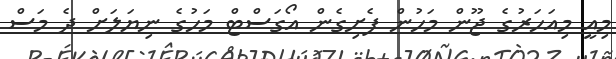
މިއީ މިއަހަރުގެ ޖޫން މަހުން ފެށިގެން އޯގަސްޓް މަހުގެ ނިޔަލަށް ދެ މަސް